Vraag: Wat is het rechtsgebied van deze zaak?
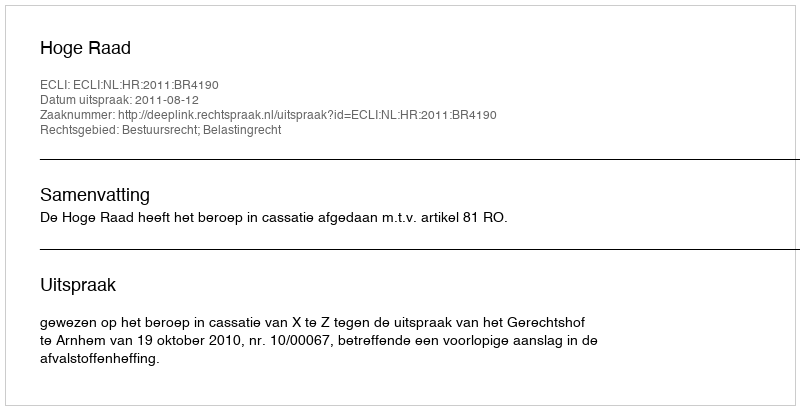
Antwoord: Bestuursrecht; Belastingrecht